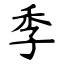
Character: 季